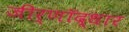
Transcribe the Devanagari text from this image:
जीर्णॉद्धार